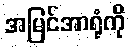
အမြင်အာရုံကို